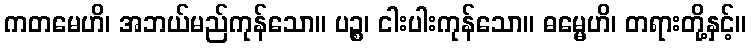
ကတမေဟိ၊ အဘယ်မည်ကုန်သော။ ပဉ္စ၊ ငါးပါးကုန်သော။ ဓမ္မေဟိ၊ တရားတို့နှင့်။